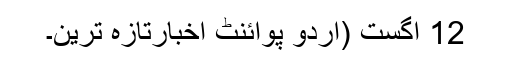
12 اگست (اُردو پوائنٹ اخبارتازہ ترین۔